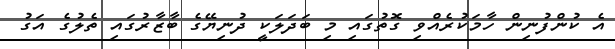
އެ ކުންފުނިން ހާމަކުރެއްވި ގޮތުގައި މި ބަދަލަކީ ދުނިޔޭގެ ބާޒާރުގައި ތެލުގެ އަގު